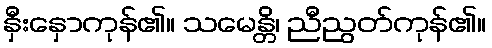
နှီးနှောကုန်၏။ သမေန္တိ၊ ညီညွတ်ကုန်၏။